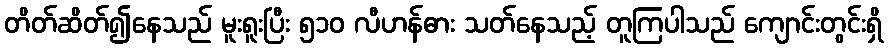
တိတ်ဆိတ်၍နေသည် မူးရူးပြီး ၅၁၀ လီဟန်ဓား သတ်နေသည့် တူကြပါသည် ကျောင်းတွင်းရှိ